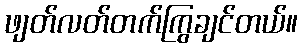
ဖျတ်လတ်တက်ကြွချင်တယ်။